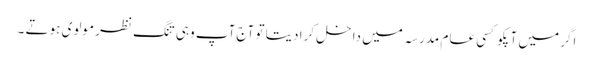
اگر میں آپکو کسی عام مدرسہ میں داخل کرا دیتا تو آج آپ وہی تنگ نظر مولوی ہوتے ۔